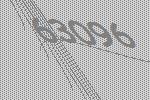
63096